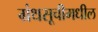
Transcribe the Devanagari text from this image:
ग्रंथसूचीमधील